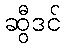
ဆွီဒင်